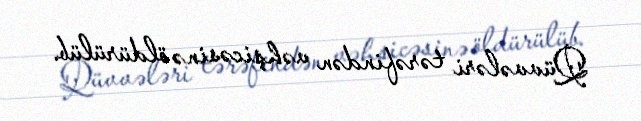
Qüvvələri tərəfindən vəhşicəsinə öldürülüb.